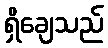
ရှိချေသည်